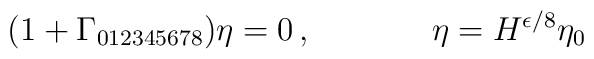
(1 + \Gamma_{012345678})\eta = 0\, ,\hskip 1.5truecm \eta = H^{\epsilon/8}\eta_0